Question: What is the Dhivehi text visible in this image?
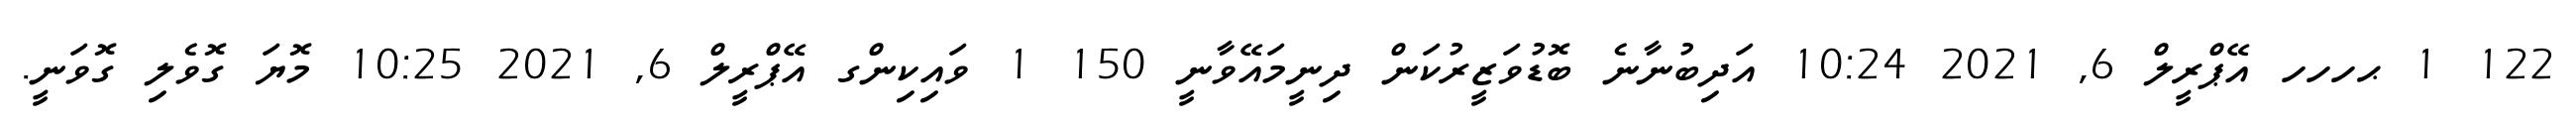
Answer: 122 1 ޙހހހ އޭޕްރީލް 6, 2021 10:24 އަދިބުނާނެ ބޮޑުވަޒީރުކަން ދިނީމައޭވާނީ 150 1 ވައިކިންގ އޭޕްރީލް 6, 2021 10:25 މޮޔަ ގޮވެލި ގޮވަނީ.